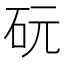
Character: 𪿑